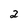
Character: 2